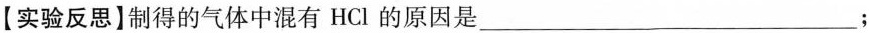
【实验反思】制得的气体中混有HCl的原因是___；